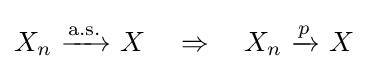
X_{n}\ {\xrightarrow {\text{a.s.}}}\ X\quad \Rightarrow \quad X_{n}\ {\xrightarrow {\overset {}{p}}}\ X